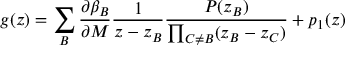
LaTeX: g ( z ) = \sum _ { B } \frac { \partial \beta _ { B } } { \partial M } \frac { 1 } { z - z _ { B } } \frac { { \cal P } ( z _ { B } ) } { \prod _ { C \neq B } ( z _ { B } - z _ { C } ) } + p _ { 1 } ( z )